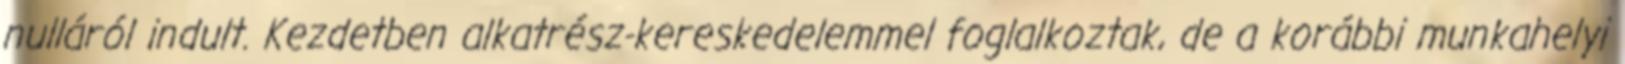
nulláról indult. Kezdetben alkatrész-kereskedelemmel foglalkoztak, de a korábbi munkahelyi